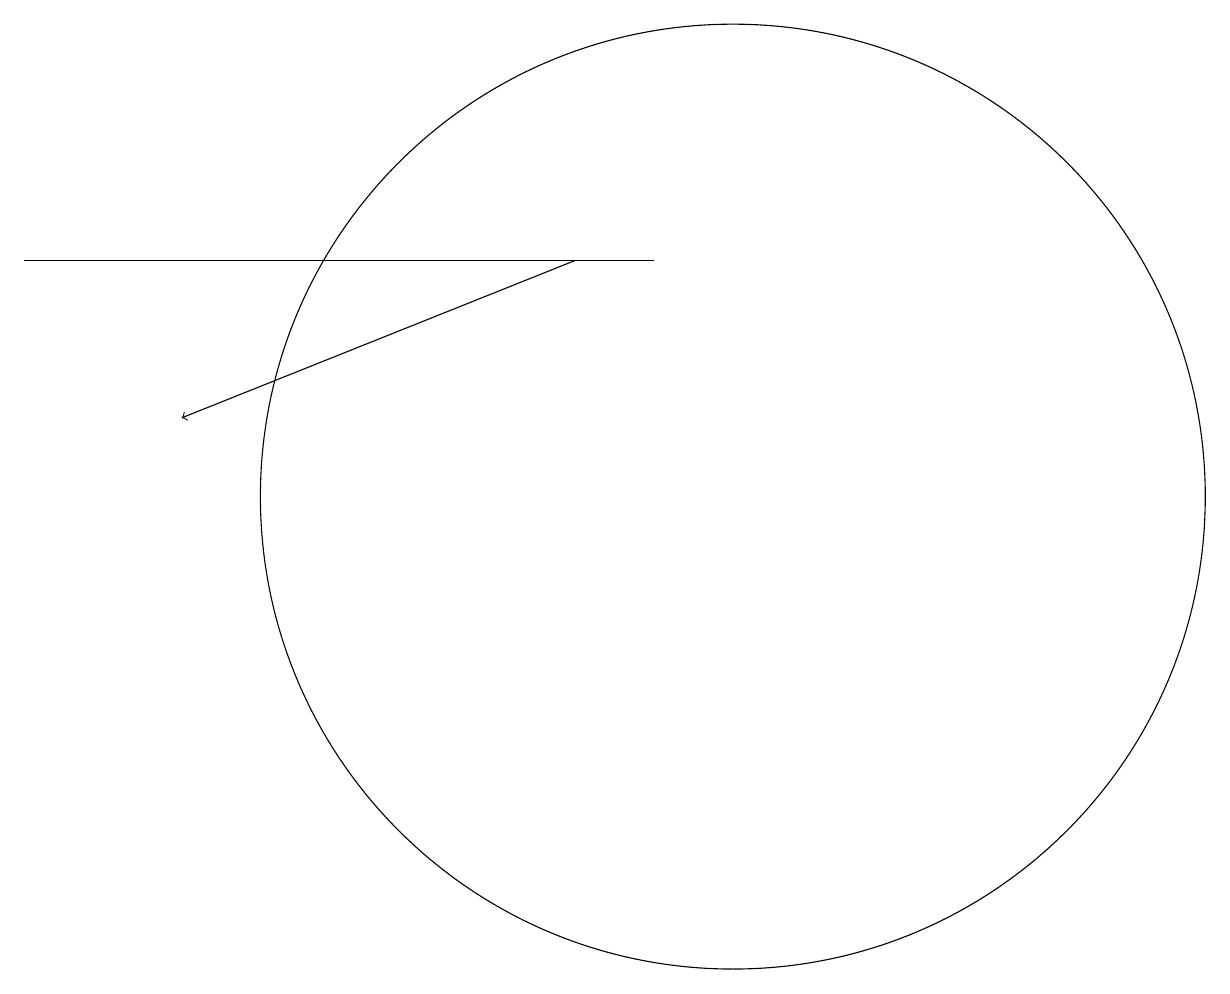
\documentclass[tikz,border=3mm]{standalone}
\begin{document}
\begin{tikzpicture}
\draw[->] (8,13) -- (3,11);
\draw (1,13) rectangle (9,13);
\draw (10,10) circle (6);
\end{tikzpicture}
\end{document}